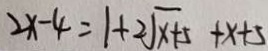
2 x - 4 = 1 + 2 \sqrt { x + 5 } + x + 5